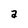
Character: a